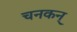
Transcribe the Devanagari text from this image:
चनकन्